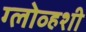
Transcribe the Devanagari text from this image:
ग्लोव्हशी